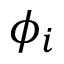
\phi _ { i }